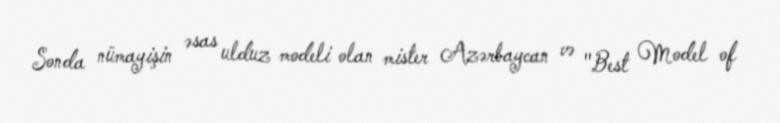
Sonda nümayişin əsas ulduz modeli olan mister Azərbaycan və "Best Model of